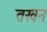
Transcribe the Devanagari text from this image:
तखन